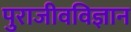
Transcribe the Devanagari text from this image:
पुराजीवविज्ञान